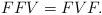
LaTeX: \begin{align*}FFV=FVF.\end{align*}